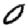
Digit: 0